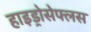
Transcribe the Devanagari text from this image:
हाइड्रोसेफ्लस